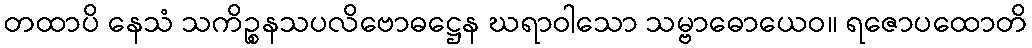
တထာပိ နေသံ သကိဉ္စနသပလိဗောဓဋ္ဌေန ဃရာဝါသော သမ္ဗာဓောယေဝ။ ရဇောပထောတိ